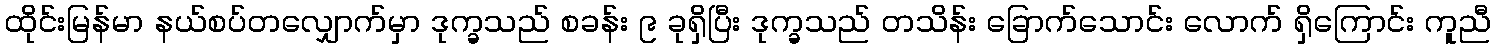
ထိုင်းမြန်မာ နယ်စပ်တလျှောက်မှာ ဒုက္ခသည် စခန်း ၉ ခုရှိပြီး ဒုက္ခသည် တသိန်း ခြောက်သောင်း လောက် ရှိကြောင်း ကူညီ